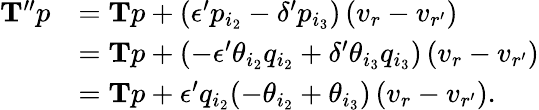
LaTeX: \begin{array}{rl}{\mathbf{T}^{\prime\prime}p}&{=\mathbf{T}p+(\epsilon^{\prime}p_{i_{2}}-\delta^{\prime}p_{i_{3}})\left(v_{r}-v_{r^{\prime}}\right)}\\ &{=\mathbf{T}p+(-\epsilon^{\prime}\theta_{i_{2}}q_{i_{2}}+\delta^{\prime}\theta_{i_{3}}q_{i_{3}})\left(v_{r}-v_{r^{\prime}}\right)}\\ &{=\mathbf{T}p+\epsilon^{\prime}q_{i_{2}}(-\theta_{i_{2}}+\theta_{i_{3}})\left(v_{r}-v_{r^{\prime}}\right).}\end{array}